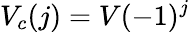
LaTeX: V_{c}(j)=V(-1)^{j}